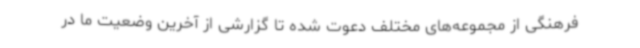
فرهنگی از مجموعه‌های مختلف دعوت شده تا گزارشی از آخرین وضعیت ما در